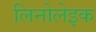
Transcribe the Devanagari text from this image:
लिनोलेइक